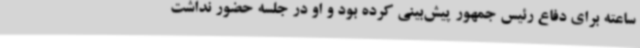
ساعته برای دفاع رئیس جمهور پیش‌بینی کرده بود و او در جلسه حضور نداشت